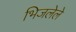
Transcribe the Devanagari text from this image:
भिजलेले